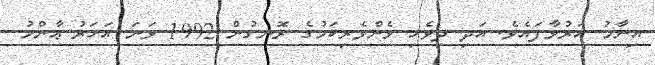
އިނާމު އަރުވާފައެވެ. އަދި ދިވެހި ޅެންވެރިކަމުގެ ރޮނގުން 1992 ވަނަ އަހަރު ޢާންމު